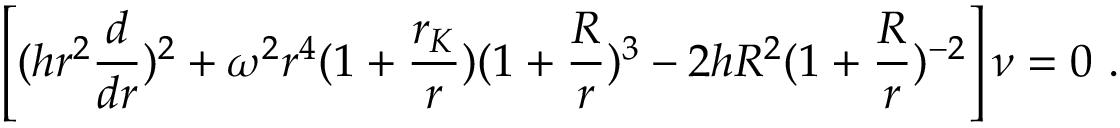
\left[ ( h r ^ { 2 } { \frac { d } { d r } } ) ^ { 2 } + \omega ^ { 2 } r ^ { 4 } ( 1 + { \frac { r _ { K } } { r } } ) ( 1 + { \frac { R } { r } } ) ^ { 3 } - 2 h R ^ { 2 } ( 1 + { \frac { R } { r } } ) ^ { - 2 } \right] \nu = 0 \ .